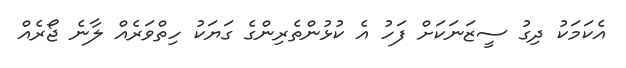
އެކަމަކު ދިގު ސީޒަނަކަށް ފަހު އެ ކުޅުންތެރިންގެ ގަޔަކު ހިތްވަރެއް ލާނެ ޖޯރެއް